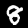
Digit: 8